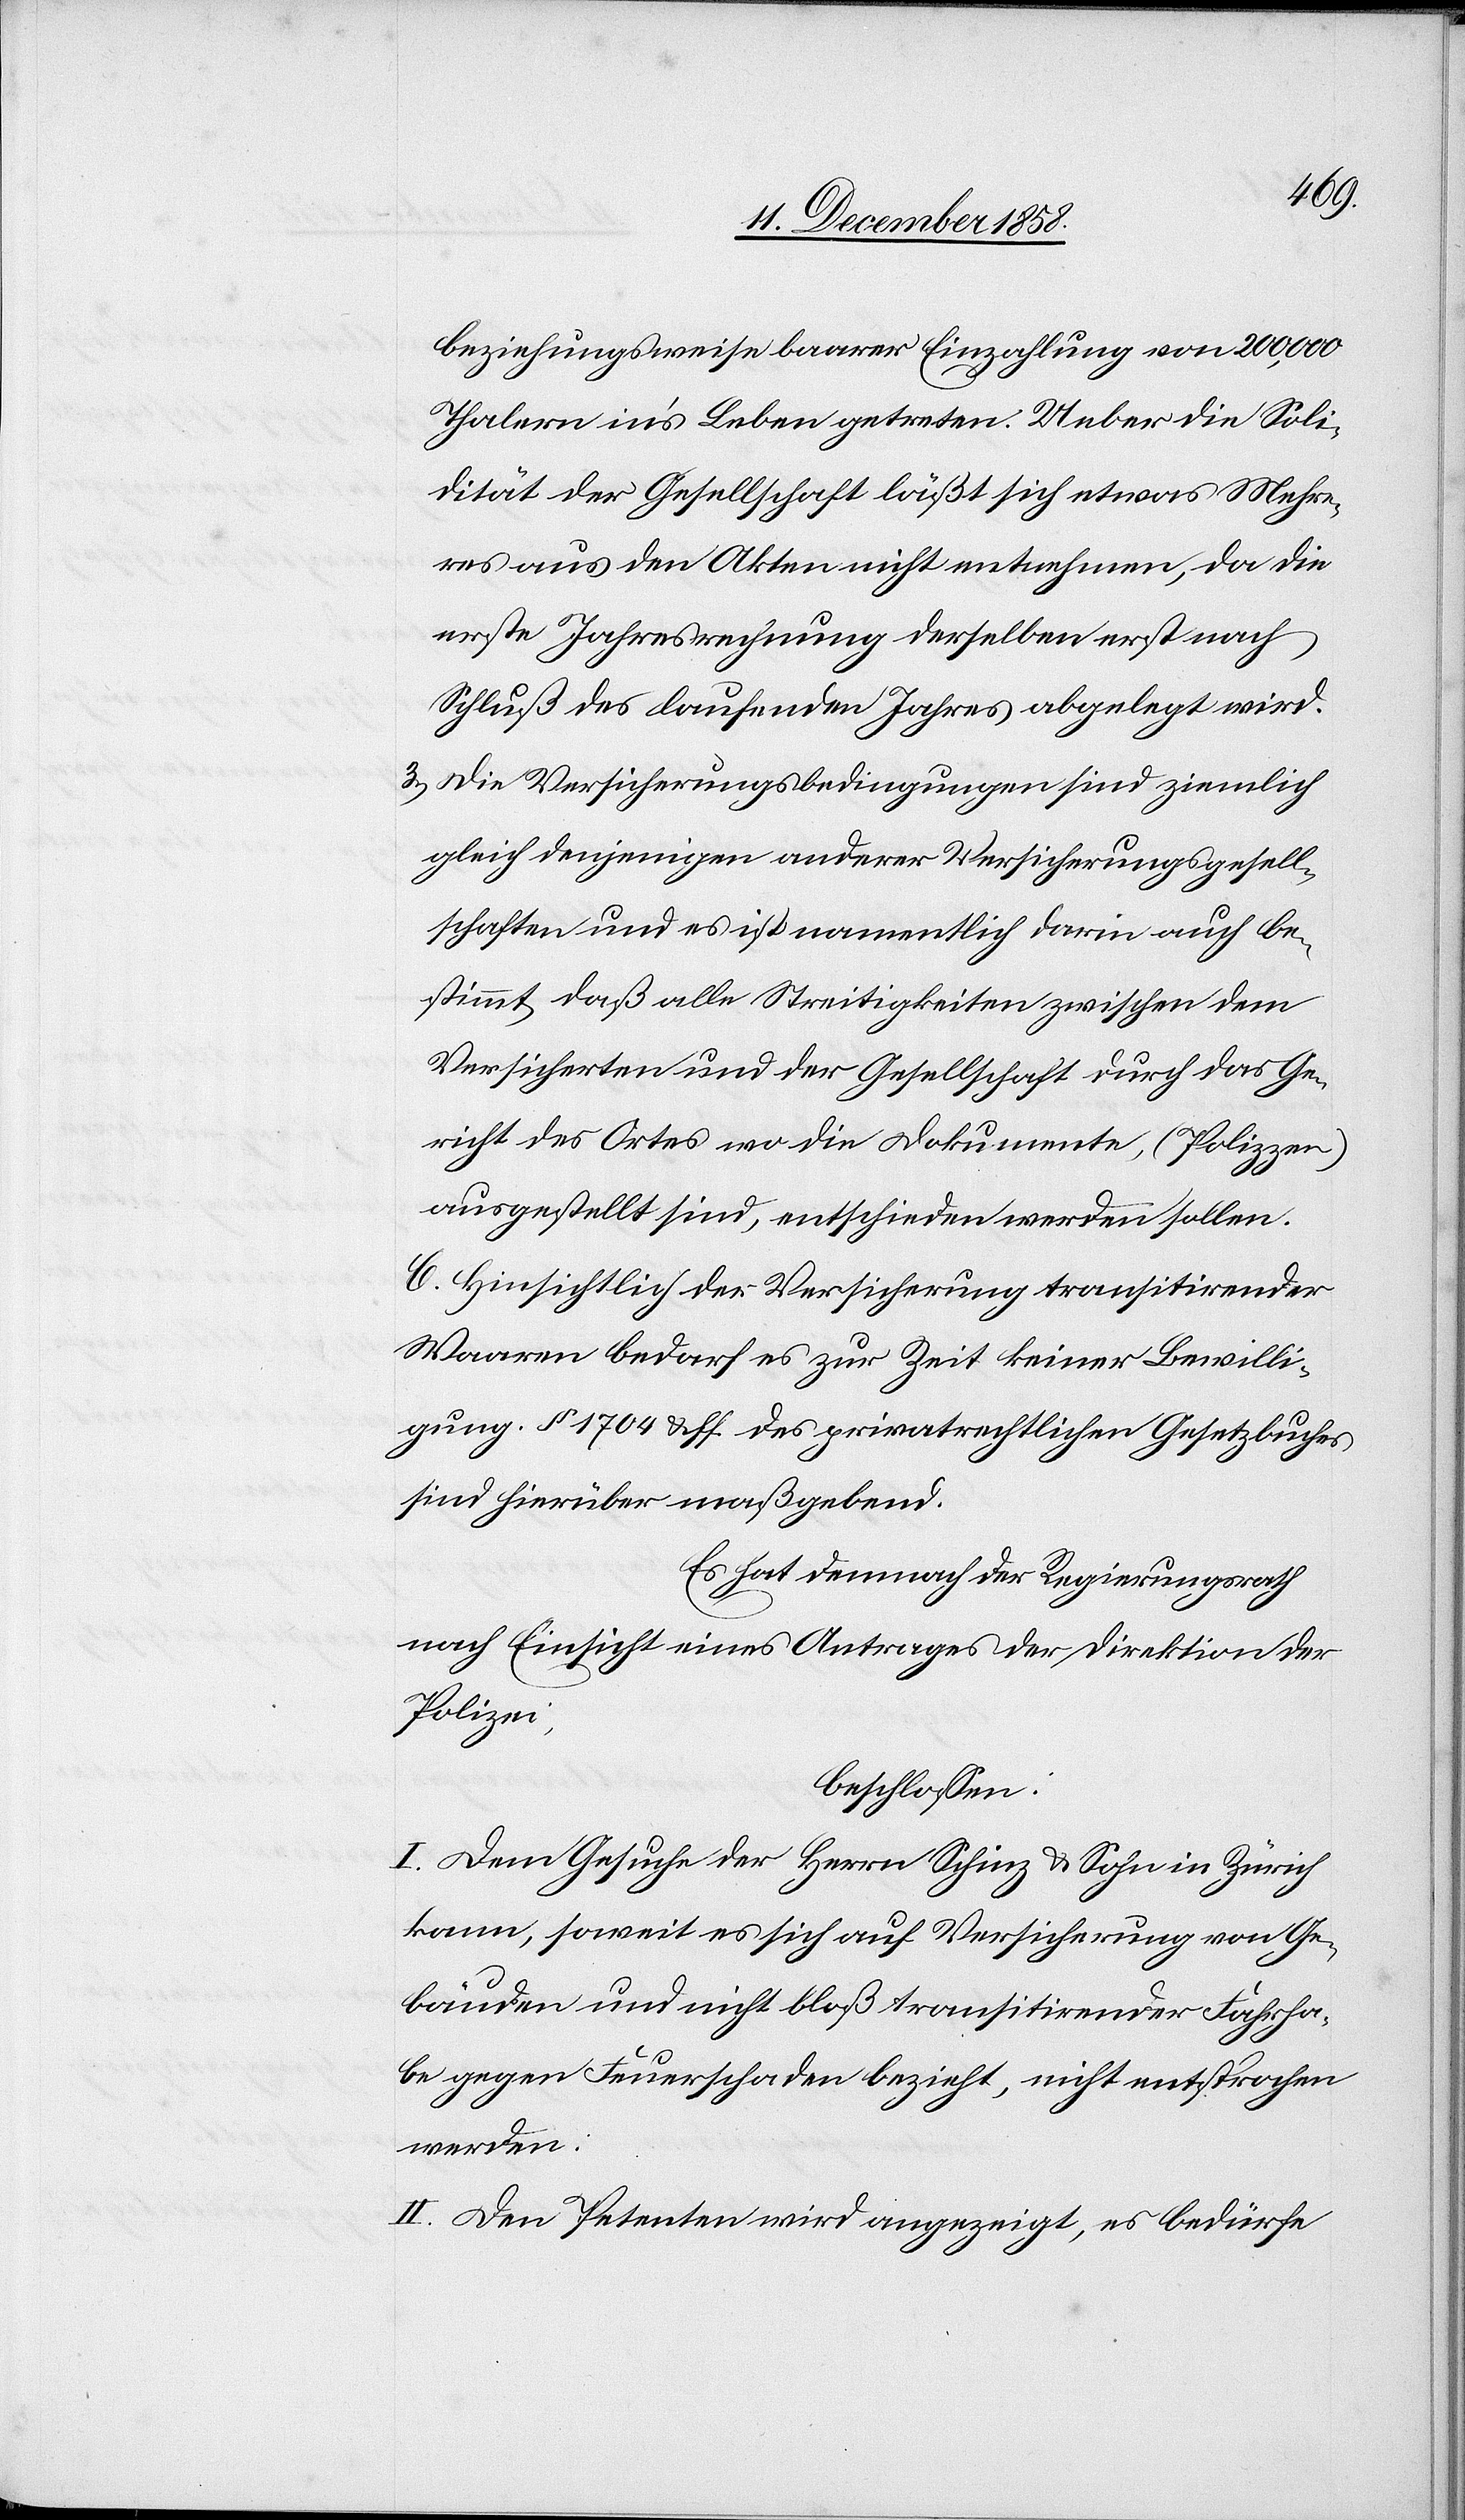
1834
nach Einsicht eines Antrages der Driektion der
liegen
beschlossen:
wurden.